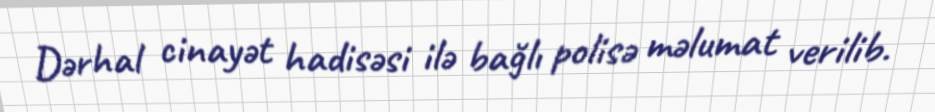
Dərhal cinayət hadisəsi ilə bağlı polisə məlumat verilib.